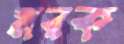
মরক